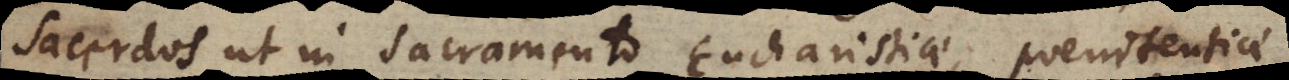
sacerdos ut in sacramento Eucharistiae, Poenitentiae